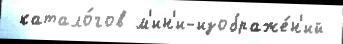
 катало́гов м'ин'и-изображе́н'ий